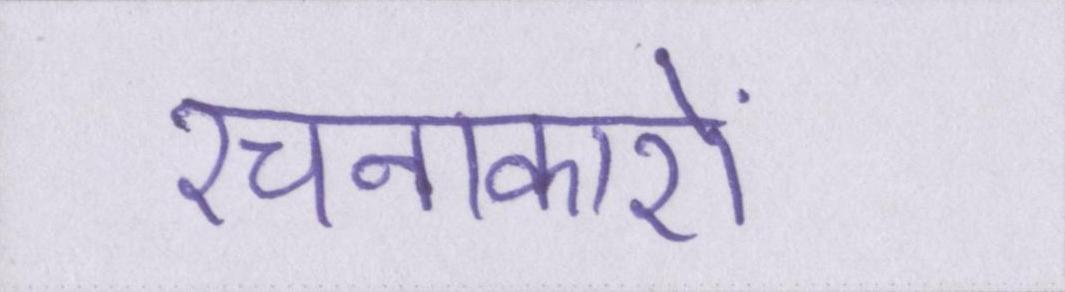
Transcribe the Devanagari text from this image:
रचनाकारों